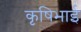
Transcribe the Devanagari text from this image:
कृषिभाई